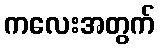
ကလေးအတွက်